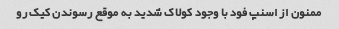
ممنون از اسنپ فود با وجود کولاک شدید به موقع رسوندن کیک رو